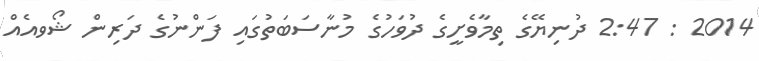
2014 : 2:47 ދުނިޔޭގެ ތިމާވެށީގެ ދުވަހުގެ މުނާސަބަތުގައި ފަންނުގެ ދަރިން ޝޯވއެއް